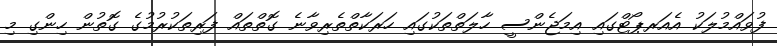
ފުވައްމުލަކު އެއަރޕޯޓްގައި އިމަޖެންސީ ހާލަތްތަކުގައި ހަރަކާތްތެރިވާނެ ގޮތްތައް ފަރިތަކުރުމުގެ ގޮތުން ހިންގި މި